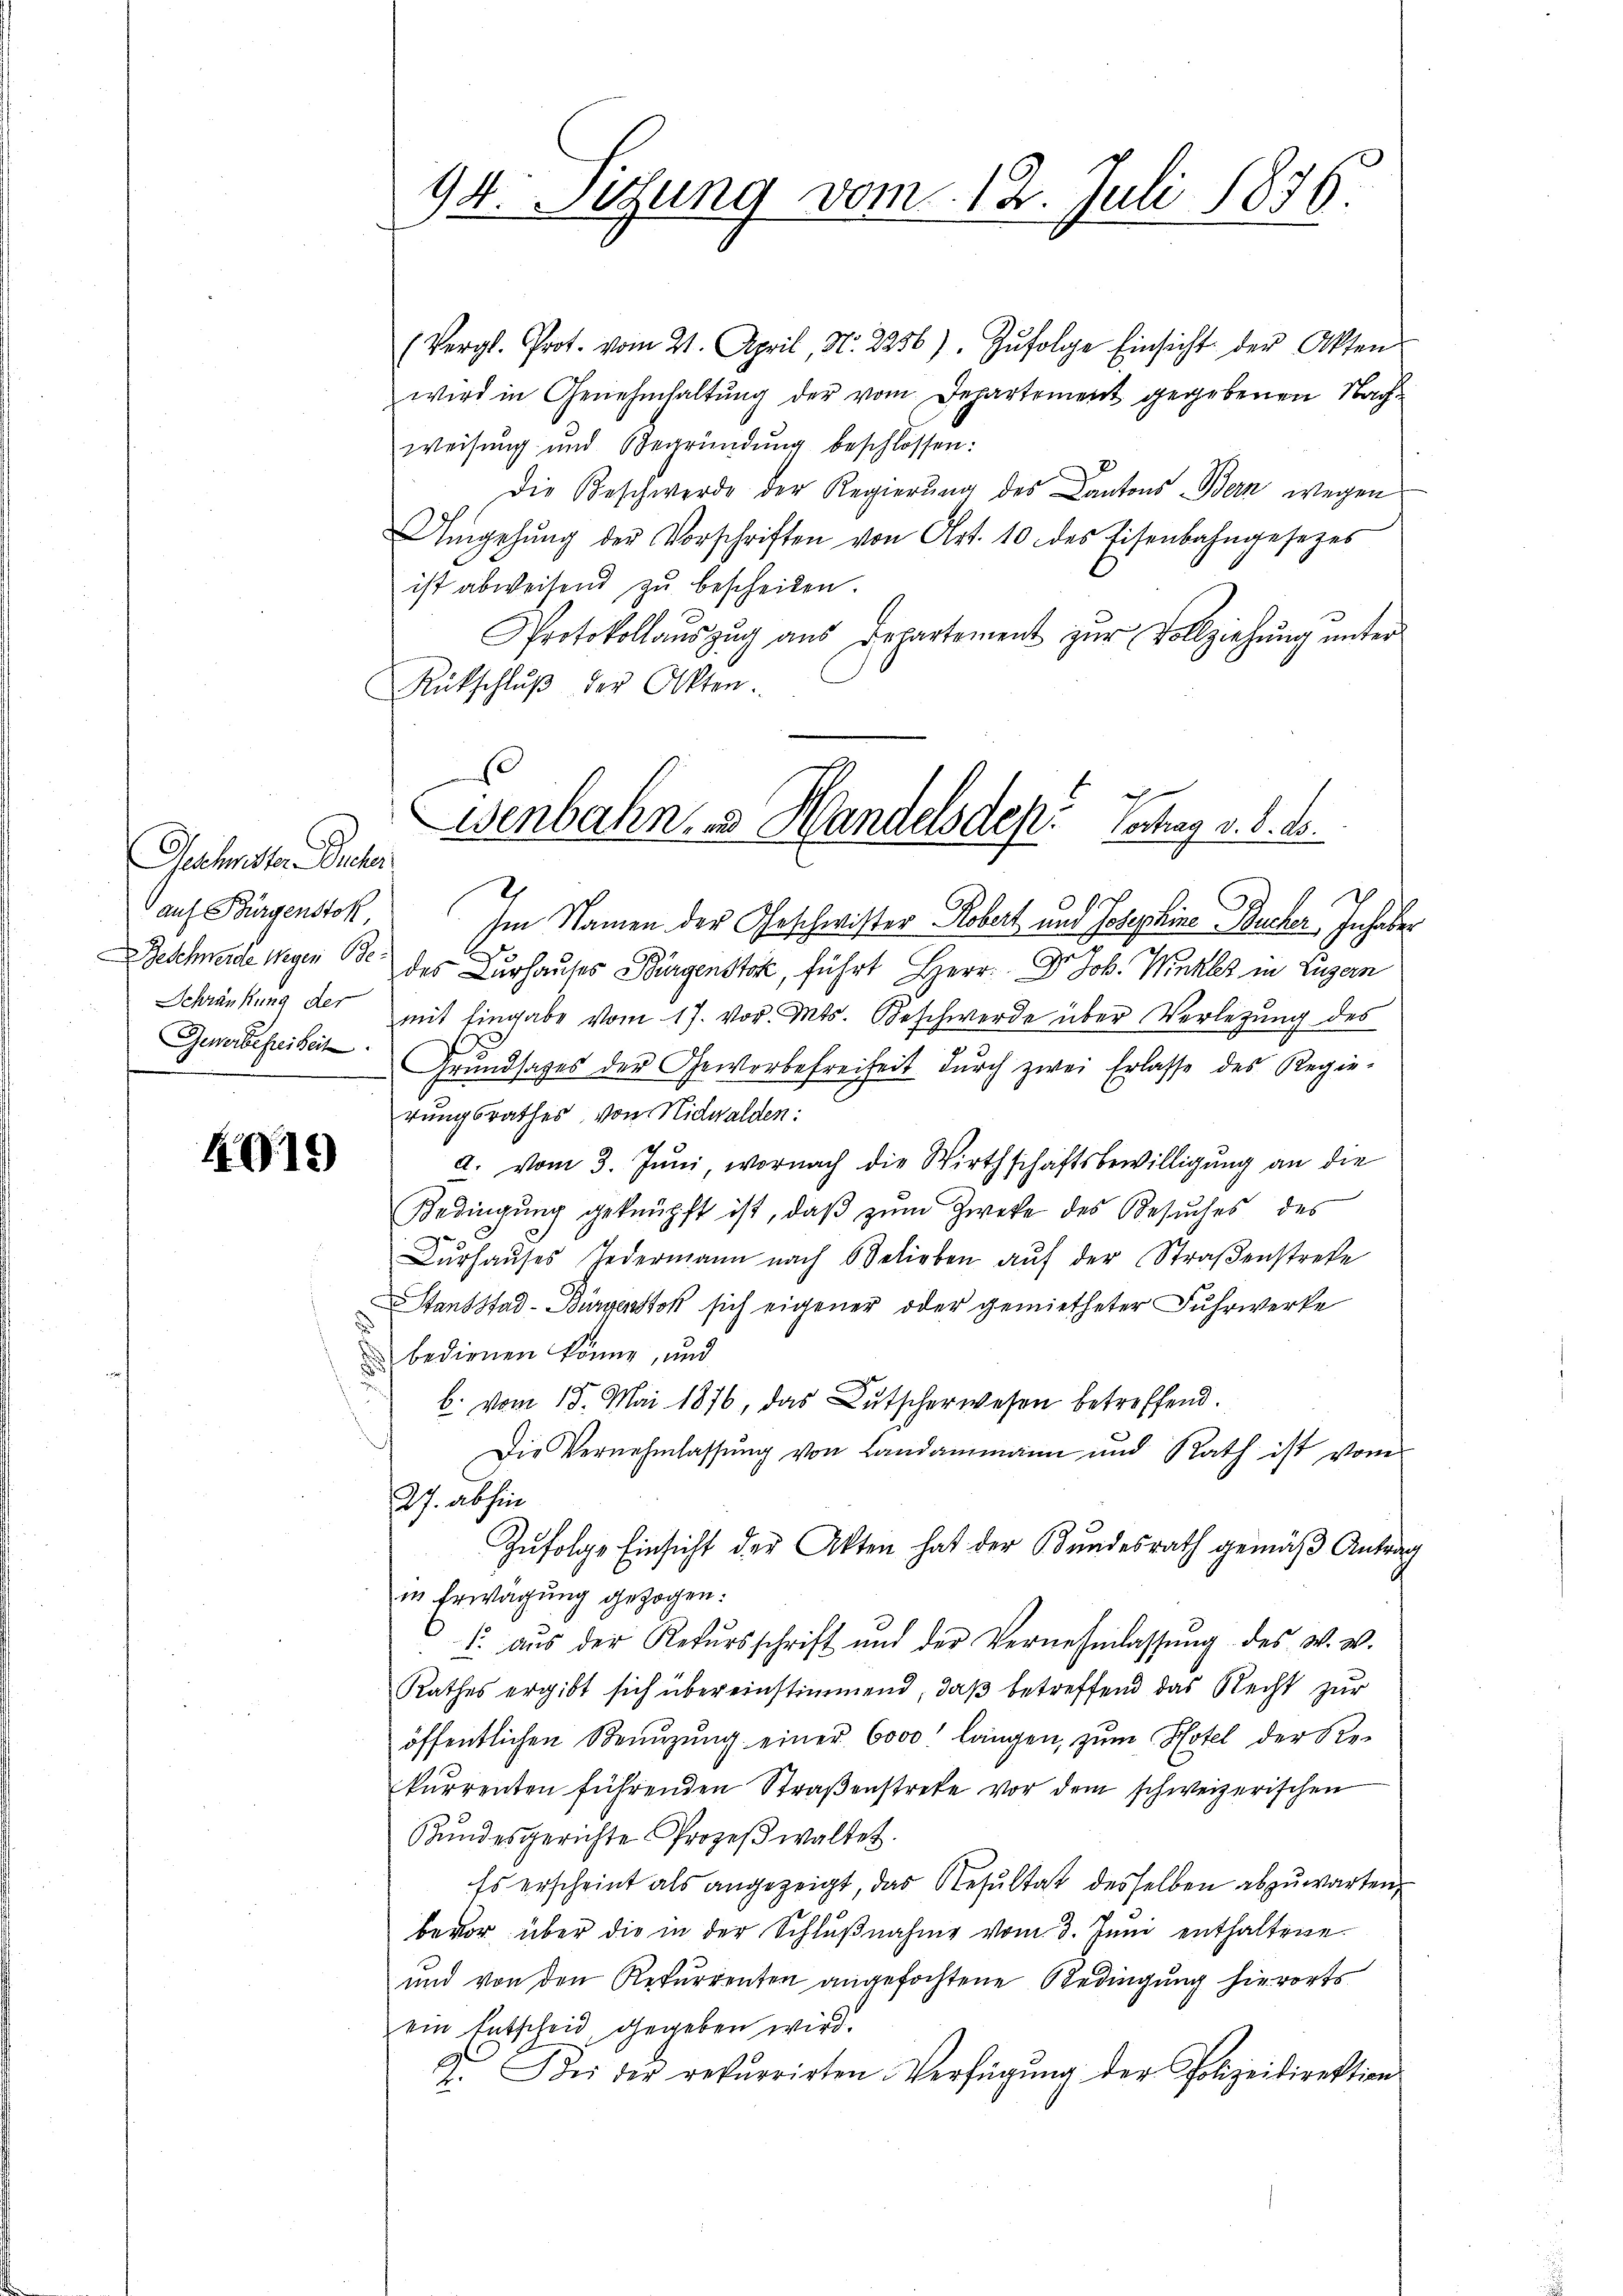
Gachnester Recher
auf Bürgenstok,
Gewerbefreiheit

4919

(Vergl. Prot. vom 21. April, N. 2256). Zŭfolge Einsicht der Akten
wird in Genehmhaltŭng der vom Departement gegebenen Nachweisung und Begründŭng beschlossen:
Die Beschwerde der Regierŭng des Cantons Bern wegen
Umgehŭng der Vorschriften von Art. 10 des Eisenbahngesezes
ist abweisend zŭ bescheiden.
Protokollaŭszŭg aŭs Departement zŭr Vollziehŭng ŭnter-
Rückschlŭβ der Akten.
Im Namen der Geschwister Kobert und Josephine Bucher Inhaber
Geschwerde wegen BC des Lurhauses Bürgenstor, führt Herr Dr. Joh. Winkler in Luzern
Schränkung der mit Eingabe vom 17. vor. Mts. Beschwerde über Verletzung des
Grŭndsazes der Gewerbefreiheit dŭrch zwei Erlasse des Regie-
rungsrathes von Nidwalden:
a. vom 3. Juni, wornach die Wirthschaftsbewilligung an die
Bedingŭng geknüpft ist, daβ zŭm Zwecke des Besŭches des
Dŭrhaŭses Jedermann nach Belieben aŭf der Straßenstreke
Stantstad-Bürgenstok sich eigener oder gemietheter Fuhrwerke
bedienen könne, und
b. vom 15. Mai 1876, das Bütscherwesen betreffend.
Die Vernehmlassung von Landammann und Rath ist vom
27. abhin
Zufolge Einsicht der Akten hat der Bundesrath gemäß Antrag
in Erwägung gezogen.
1. aus der Rekursschrift und der Vernehmlassŭng des W. W.
Rathes ergibt sich übereinstimmend, daβ betreffend das Recht zur
öffentlichen Benŭtzŭng einer 6000. längen, zŭm Hotel der Re-
kurrenten führenden Straβenstreke vor dem schweizerischen
Kundesgerichte Prozeβwaltet.
Es erscheint als angezeigt, das Resŭltat desselben abzŭwarten
bevor über die in der Schlußnahme vom 3. Juni enthaltene
und von den Rekurrenten angefochtene Bedingung hierorts
ein Entscheid gegeben wird.
2. Bei der rekurrirten Verfügŭng der Polizeidirektion

94. Sitzung vom 12. Juli 1876.

.
Wenbahn & Handelsdep. Hochag v. 8. d.